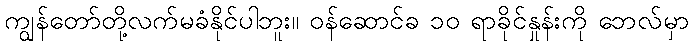
ကျွန်တော်တို့လက်မခံနိုင်ပါဘူး။ ဝန်ဆောင်ခ ၁၀ ရာခိုင်နှုန်းကို ဘေလ်မှာ